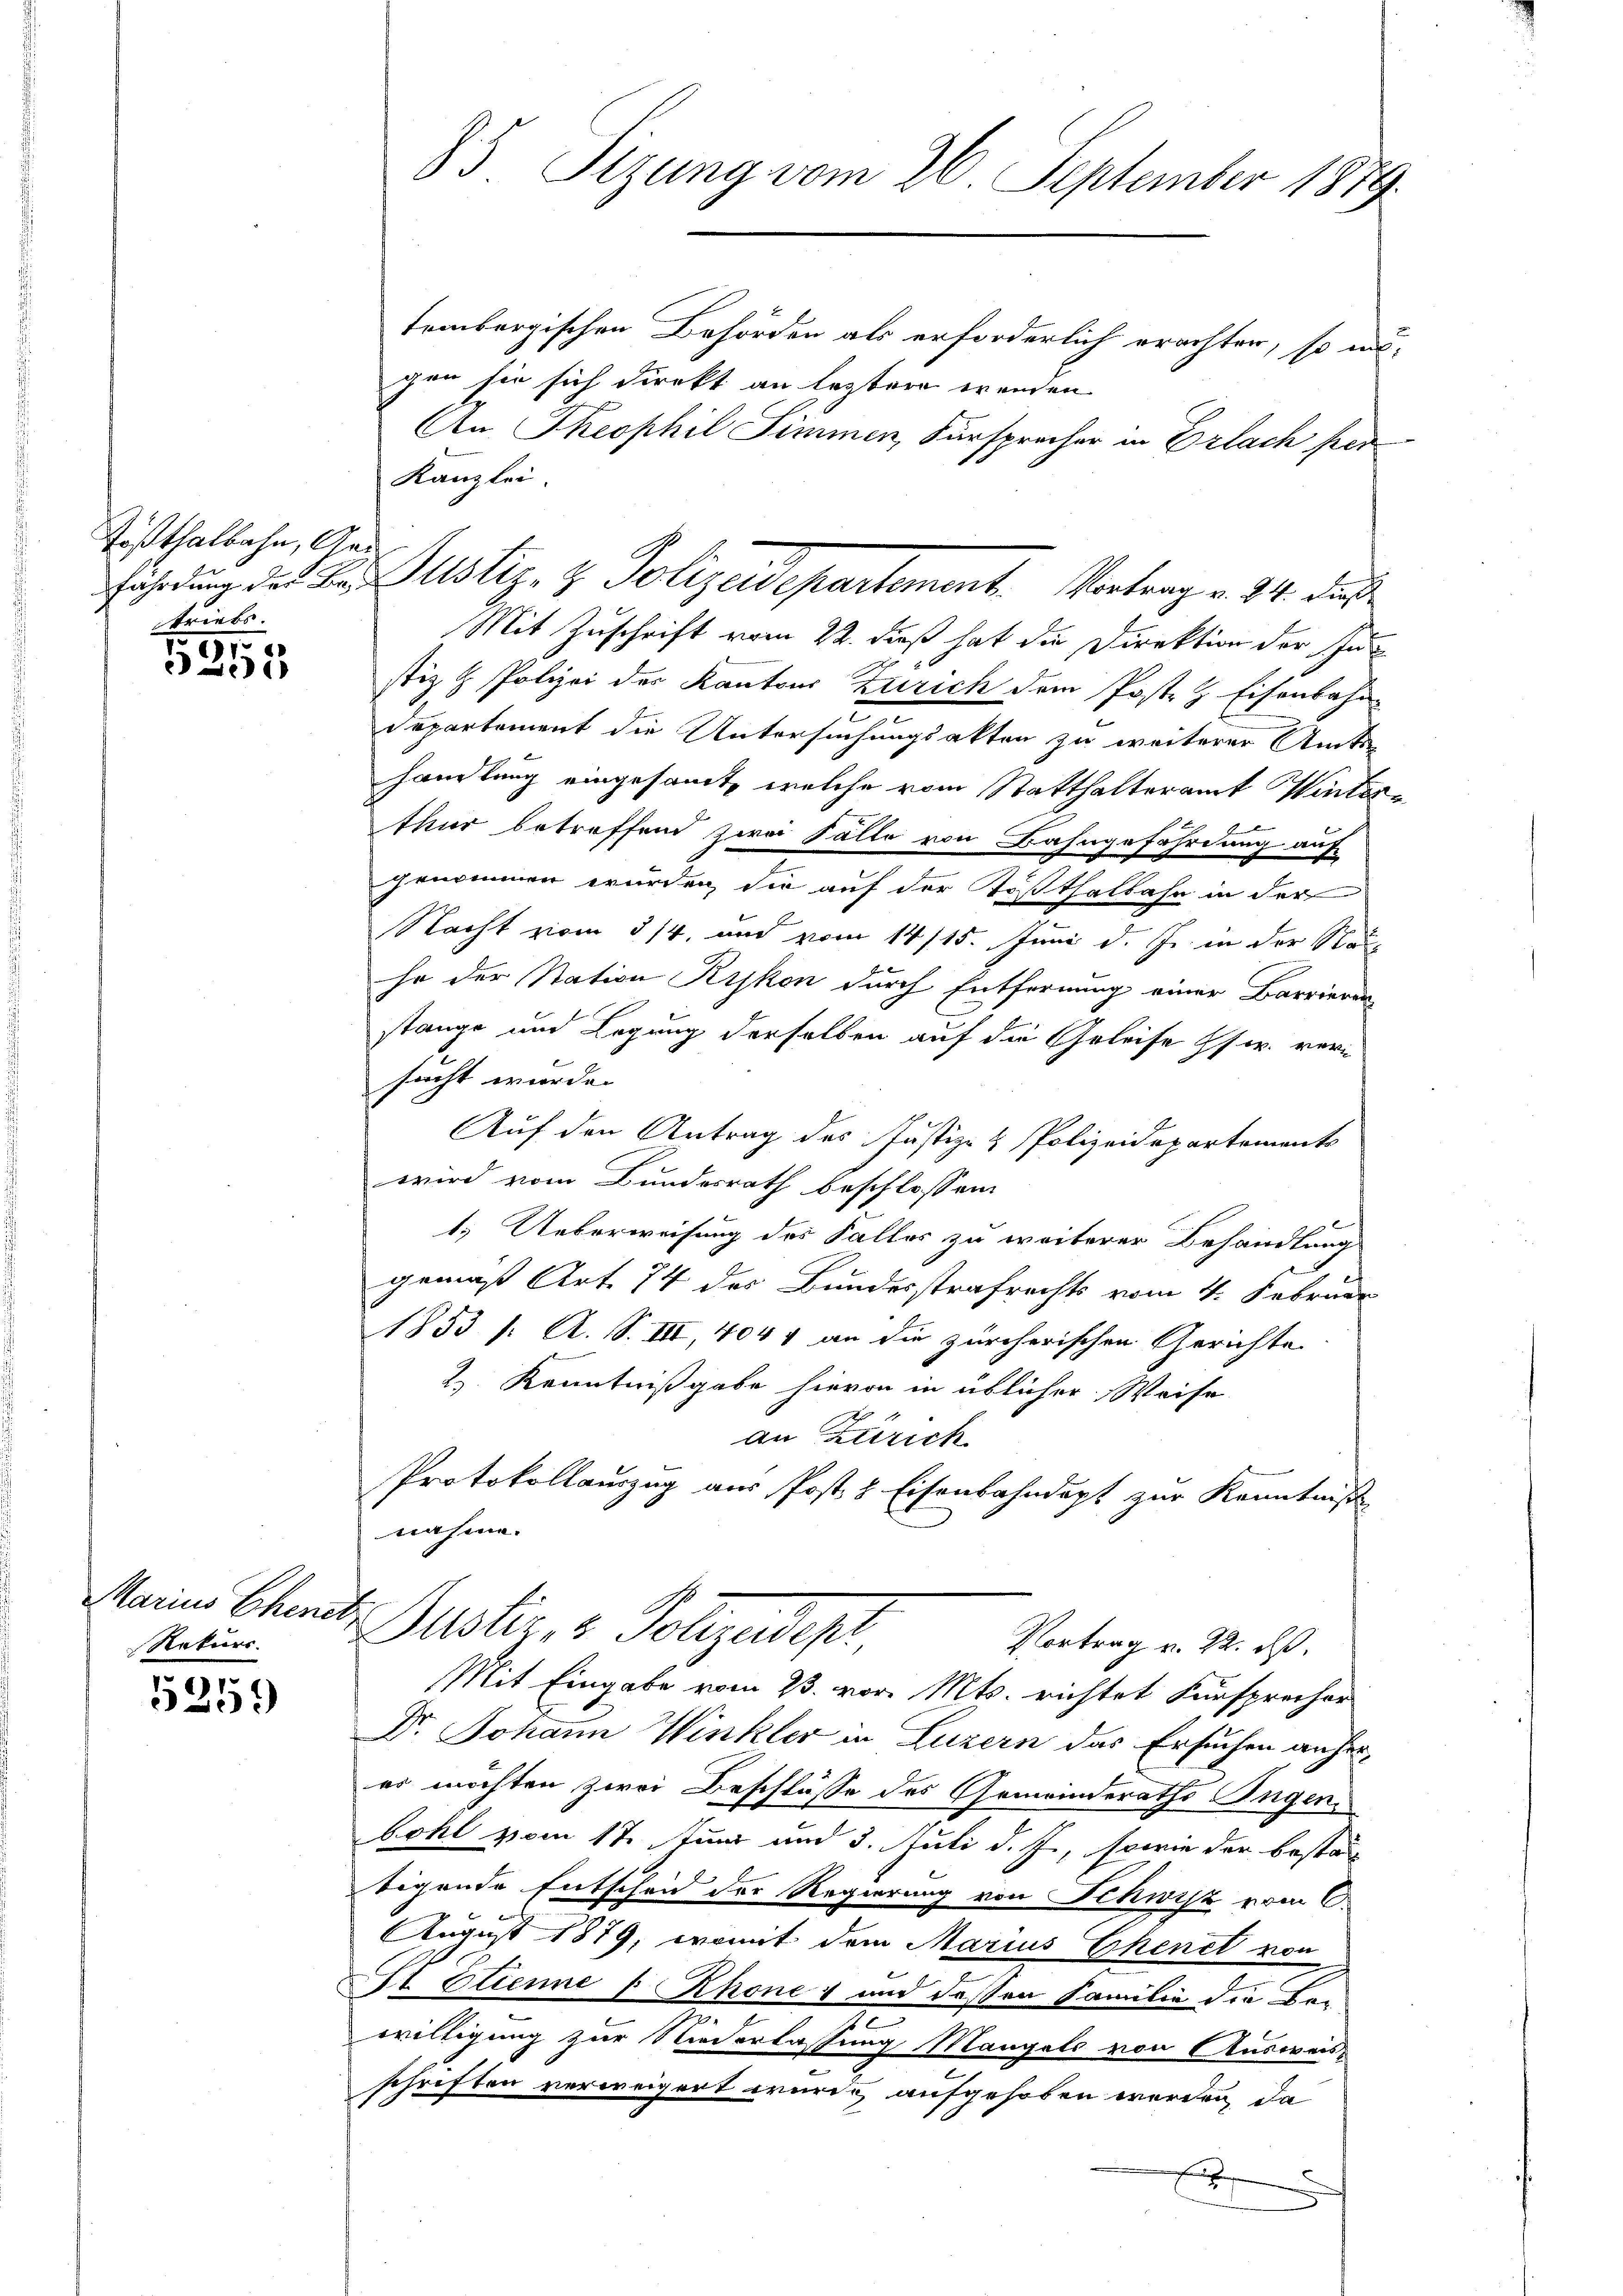
Tößthalbahn, Ans
triebs

51
21

Rekurs.

.

85 Sizung vom 26. September 1879.

tembergischen Behörden als erforderlich erachten, so insgen sie sich direkt an leztere wenden
An Theophil Simmen, Fürsprecher in Erlach per
Kanzlei.
Mit Zuschrift vom 22. dieß hat die Direktion der Ju
stiz & Polizei der Kantons Zürich dem Post & Eisenbahn
Departement die Untersuchungsakten zu weiterer Amts-
handlung eingesamt, welche vom Statthalteramt Winter¬
A
thur betreffend zwei Fälle von Bahngefährdung auf
genommen wurden, die auf der Tößthalbahn in der
Nacht vom 3/4. und vom 14/15. Juni d. Js. in der Not
he der Station Rykon durch Entfernung einer Barrieren
stange und Legung derselben auf die Geleise Pfr. versacht wurde.
Auf den Antrag des Justiz- & Polizeidepartements
wird vom Bundesrath beschlossen:
x
1.) Ueberweisung des Falles zu weiterer Behandlung
gemäß Art. 74 des Bundesstrafrechts vom 4. Februar
1853 /: A. S. III, 4041 an die zürcherischen Gerichte
2) Kenntnißgabe hievon in üblicher Weise
an Zürich
Protokollauszug aus Post & Eisenbahndept zur Kenntniß
nahme.
Main Chenitz Gustiz- & Polizeidep
Vortrag v. 22. ds.
Mit Eingabe vom 23. vor. Mts. richtet Fürsprecher
Dr. Johann Winkler in Luzern das Ersuchen anheres möchten zwei Beschlüsse des Gemeinderaths Ingenbohl vom 17. Juni und 3. Juli d. J., sowie der bestatigende Entscheid der Regierung von Schwisz vom 6.
August 1879, womit dem Marius Ehenil von
t. Etienne u hone und deßen Familie die Be-
willigung zur Niederlassung Mangels von Ausweis-
schriften verweigert wurde, aufgehoben worden, da

ahrdung des Hrn. Justiz- & Polizeidepartement. Vortrag v. 24. dies